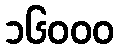
၁၆၀၀၀